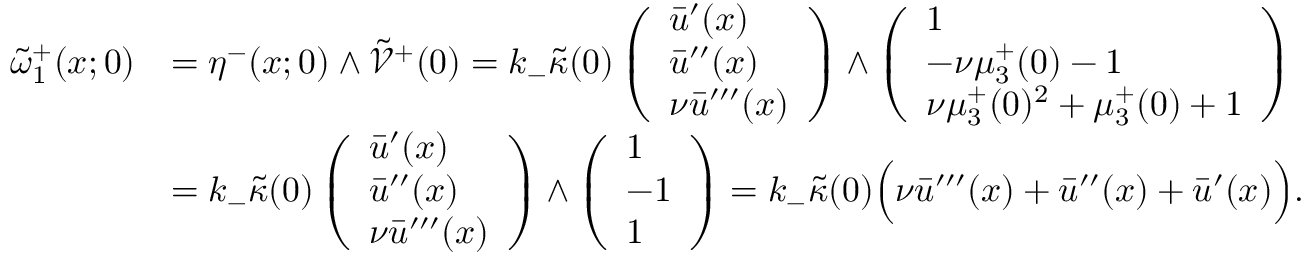
\begin{array} { r l } { \tilde { \omega } _ { 1 } ^ { + } ( x ; 0 ) } & { = \eta ^ { - } ( x ; 0 ) \wedge \tilde { \mathcal { V } } ^ { + } ( 0 ) = k _ { - } \tilde { \kappa } ( 0 ) \left( \begin{array} { l } { \bar { u } ^ { \prime } ( x ) } \\ { \bar { u } ^ { \prime \prime } ( x ) } \\ { \nu \bar { u } ^ { \prime \prime \prime } ( x ) } \end{array} \right) \wedge \left( \begin{array} { l } { 1 } \\ { - \nu \mu _ { 3 } ^ { + } ( 0 ) - 1 } \\ { \nu \mu _ { 3 } ^ { + } ( 0 ) ^ { 2 } + \mu _ { 3 } ^ { + } ( 0 ) + 1 } \end{array} \right) } \\ & { = k _ { - } \tilde { \kappa } ( 0 ) \left( \begin{array} { l } { \bar { u } ^ { \prime } ( x ) } \\ { \bar { u } ^ { \prime \prime } ( x ) } \\ { \nu \bar { u } ^ { \prime \prime \prime } ( x ) } \end{array} \right) \wedge \left( \begin{array} { l } { 1 } \\ { - 1 } \\ { 1 } \end{array} \right) = k _ { - } \tilde { \kappa } ( 0 ) \Big ( \nu \bar { u } ^ { \prime \prime \prime } ( x ) + \bar { u } ^ { \prime \prime } ( x ) + \bar { u } ^ { \prime } ( x ) \Big ) . } \end{array}